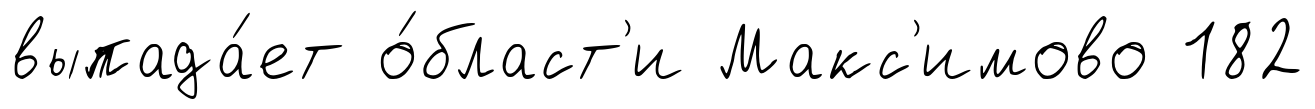
выпада́ет о́бласт'и Макс'имово 182